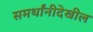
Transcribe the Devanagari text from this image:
समर्थांनीदेखील